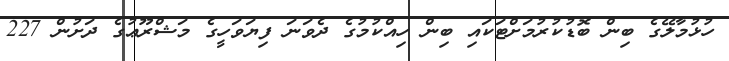
ހުޅުމާލޭގެ ބިން ބޮޑުކުރުމަށްޓަކައި ބިން ހިއްކުމުގެ ދެވަނަ ފިޔަވަހީގެ މަޝްރޫޢުގެ ދަށުން 227